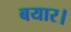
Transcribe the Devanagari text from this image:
बयार।